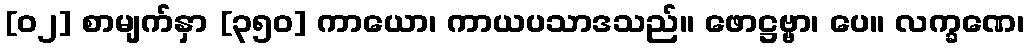
[၀၂] စာမျက်နှာ [၃၅၀] ကာယော၊ ကာယပသာဒသည်။ ဖောဋ္ဌဗ္ဗာ၊ ပေ။ လက္ခဏေ၊